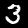
Digit: 3